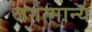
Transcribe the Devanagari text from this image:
जगत्मान्य